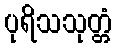
ပုရိသသုတ္တံ